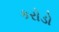
કરોડો